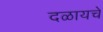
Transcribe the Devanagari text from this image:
दळायचे